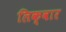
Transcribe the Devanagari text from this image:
लिक्वार